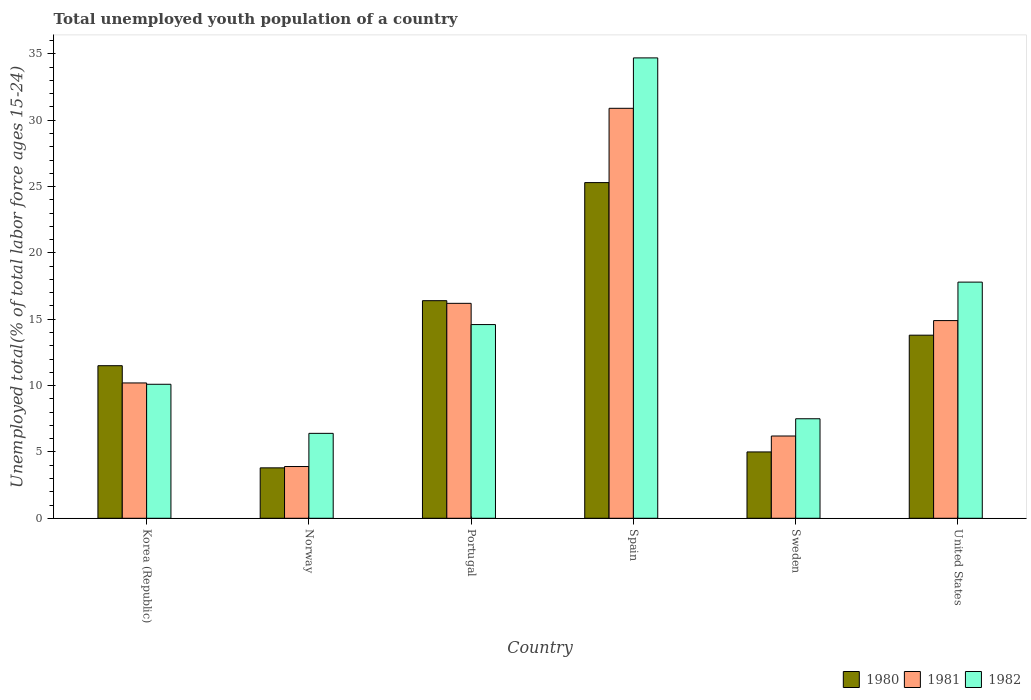
| Country | 1980 | 1981 | 1982 |
 | --- | --- | --- | --- |
 | Korea (Republic) | 11.5 | 10.2 | 10.1 |
 | Norway | 3.8 | 3.9 | 6.4 |
 | Portugal | 16.4 | 16.2 | 14.6 |
 | Spain | 25.3 | 30.9 | 34.7 |
 | Sweden | 5 | 6.2 | 7.5 |
 | United States | 13.8 | 14.9 | 17.8 |